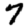
Digit: 7